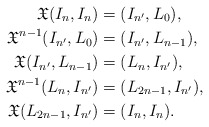
\begin{align*}\mathfrak{X}(I_n, I_n)&=(I_{n^{\prime}}, L_0),\\\mathfrak{X}^{n-1}(I_{n^{\prime}}, L_0)&=(I_{n^{\prime}}, L_{n-1}),\\\mathfrak{X}(I_{n^{\prime}}, L_{n-1})&=(L_{n}, I_{n^{\prime}}),\\\mathfrak{X}^{n-1}(L_{n}, I_{n^{\prime}})&=(L_{2n-1}, I_{n^{\prime}}),\\\mathfrak{X}(L_{2n-1}, I_{n^{\prime}})&=(I_{n}, I_{n}).\end{align*}